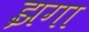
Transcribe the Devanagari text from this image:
झगा